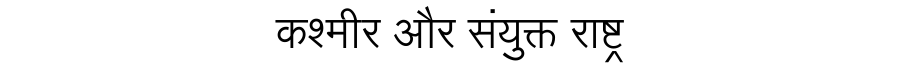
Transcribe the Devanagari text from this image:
कश्मीर और संयुक्त राष्ट्र